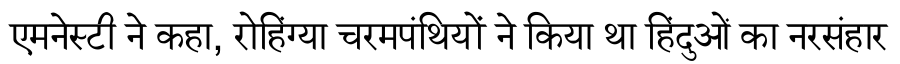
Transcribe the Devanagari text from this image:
एमनेस्टी ने कहा, रोहिंग्या चरमपंथियों ने किया था हिंदुओं का नरसंहार